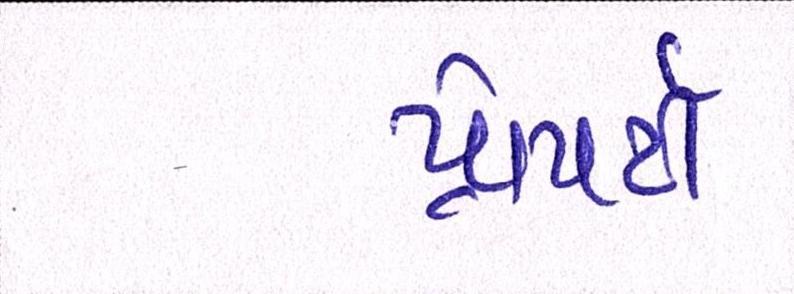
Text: પ્રોપર્ટી